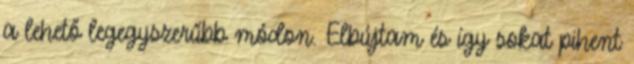
a lehető legegyszerűbb módon. Elbújtam és így sokat pihent